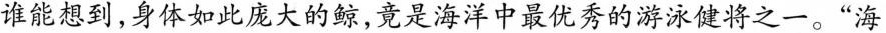
谁能想到，身体如此庞大的鲸，竟是海洋中最优秀的游泳健将之一。”海